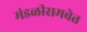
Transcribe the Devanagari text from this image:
मंडळीसमवेत